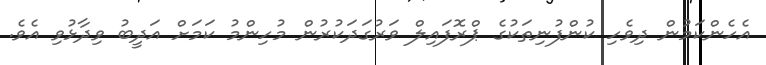
އެހެންކަމުން ދިވެހި ކުންފުނިތަކުގެ ޕްރޮފައިލް ވަރުގަދަކުރުން މުހިންމު ކަމަށް އަދީބު ވިދާޅުވި އެވެ.